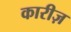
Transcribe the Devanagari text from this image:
कारीज़